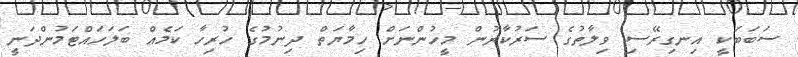
ސަބަބަކީ އިނގިރޭސި ވިލާތުގެ ސަރުކާރުން މީހުންނަށް ހިމާޔަތް ދިނުމުގެ ހުރިހާ ކަމެއް ބަލަހައްޓަމުންދަނީ